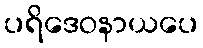
ပရိဒေဝနာယပေ